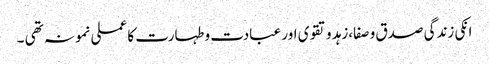
انکی زندگی صدق و صفا،زہد و تقوی اور عبادت و طہارت کا عملی نمونہ تھی ۔